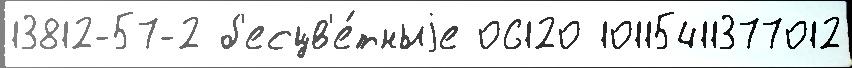
13812-57-2 б'есцв'е́тныjе 06120 10115411377012